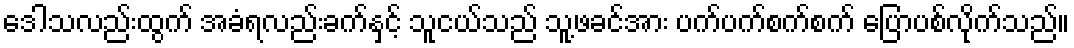
ဒေါသလည်းထွက် အခံရလည်းခက်နှင့် သူငယ်သည် သူ့ဖခင်အား ပက်ပက်စက်စက် ပြောပစ်လိုက်သည်။